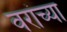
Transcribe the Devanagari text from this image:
वरांच्या